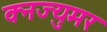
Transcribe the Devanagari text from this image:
क्नज्युमर